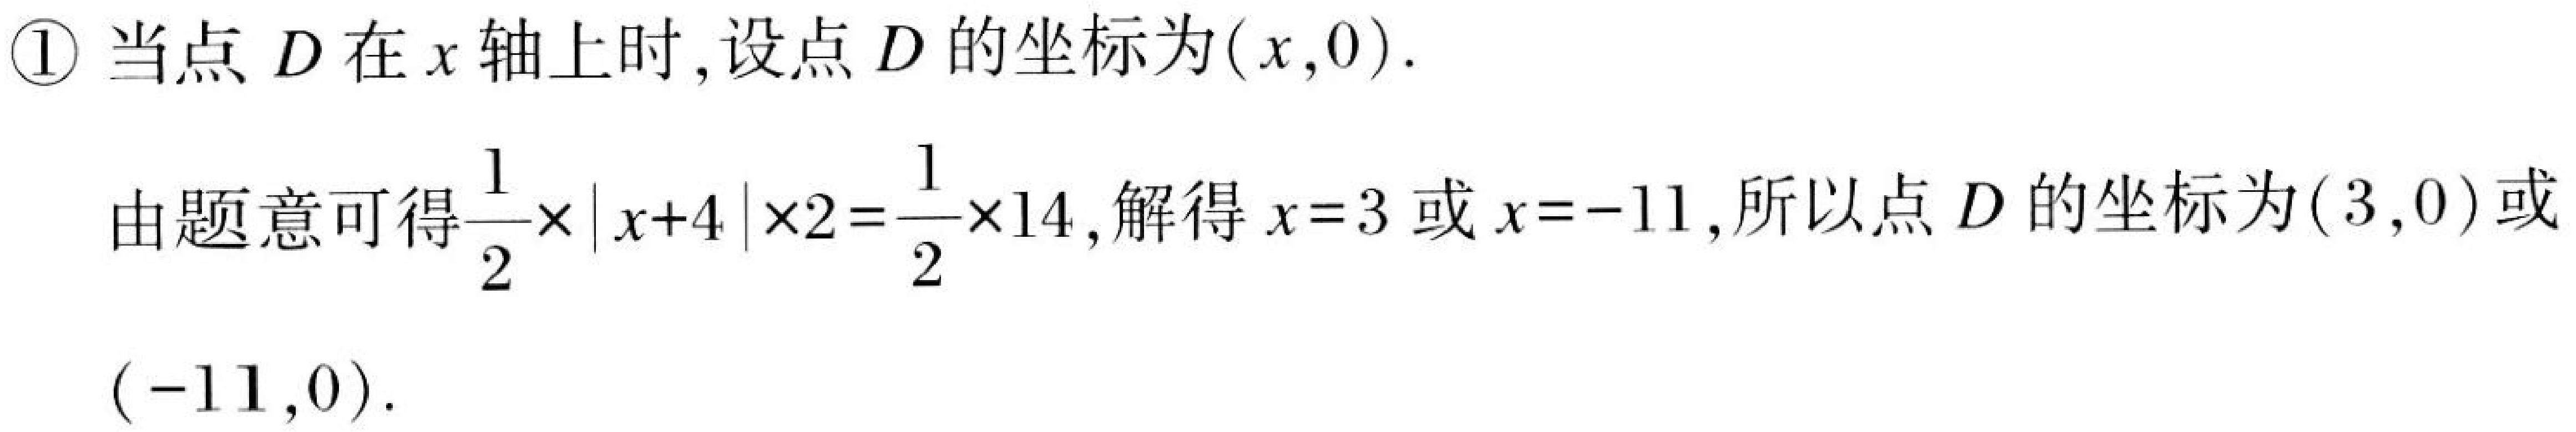
\textcircled{1}当点\(D\)在\(x\)轴上时,设点\(D\)的坐标为\((x,0)\).
由题意可得\(\frac{1}{2}\times|x + 4|\times2=\frac{1}{2}\times14\),解得\(x = 3\)或\(x=-11\),所以点\(D\)的坐标为\((3,0)\)或\((-11,0)\).